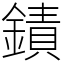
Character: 䥊